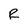
Character: R